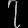
Digit: ၇